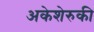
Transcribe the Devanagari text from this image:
अकेशेरुकी